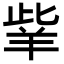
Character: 𦍧